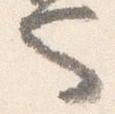
也